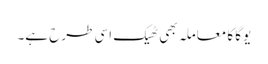
یوگا کا معاملہ بھی ٹھیک اسی طرح ہے۔